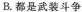
B.都是武装斗争